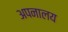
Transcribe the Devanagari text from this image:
अपनालय